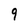
Character: 9